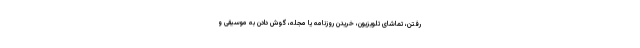
رفتن، تماشای تلویزیون، خریدن روزنامه یا مجله، گوش دادن به موسیقی و